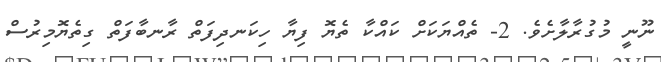
ނޫނީ މުގުރާލާށެވެ. 2- ތެއްޔަކަށް ކައްކާ ތެޔޮ ފިޔާ ހިކަނދިފަތް ރާނބާފަތް ގިތެޔޮމިރުސް